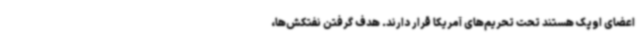
اعضای اوپک هستند تحت تحریم‌های آمریکا قرار دارند. هدف گرفتن نفتکش‌ها،